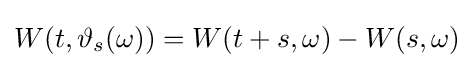
W(t,\vartheta _{s}(\omega ))=W(t+s,\omega )-W(s,\omega )